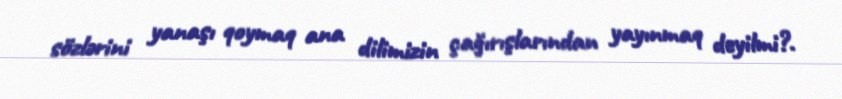
sözlərini yanaşı qoymaq ana dilimizin çağırışlarından yayınmaq deyilmi?.